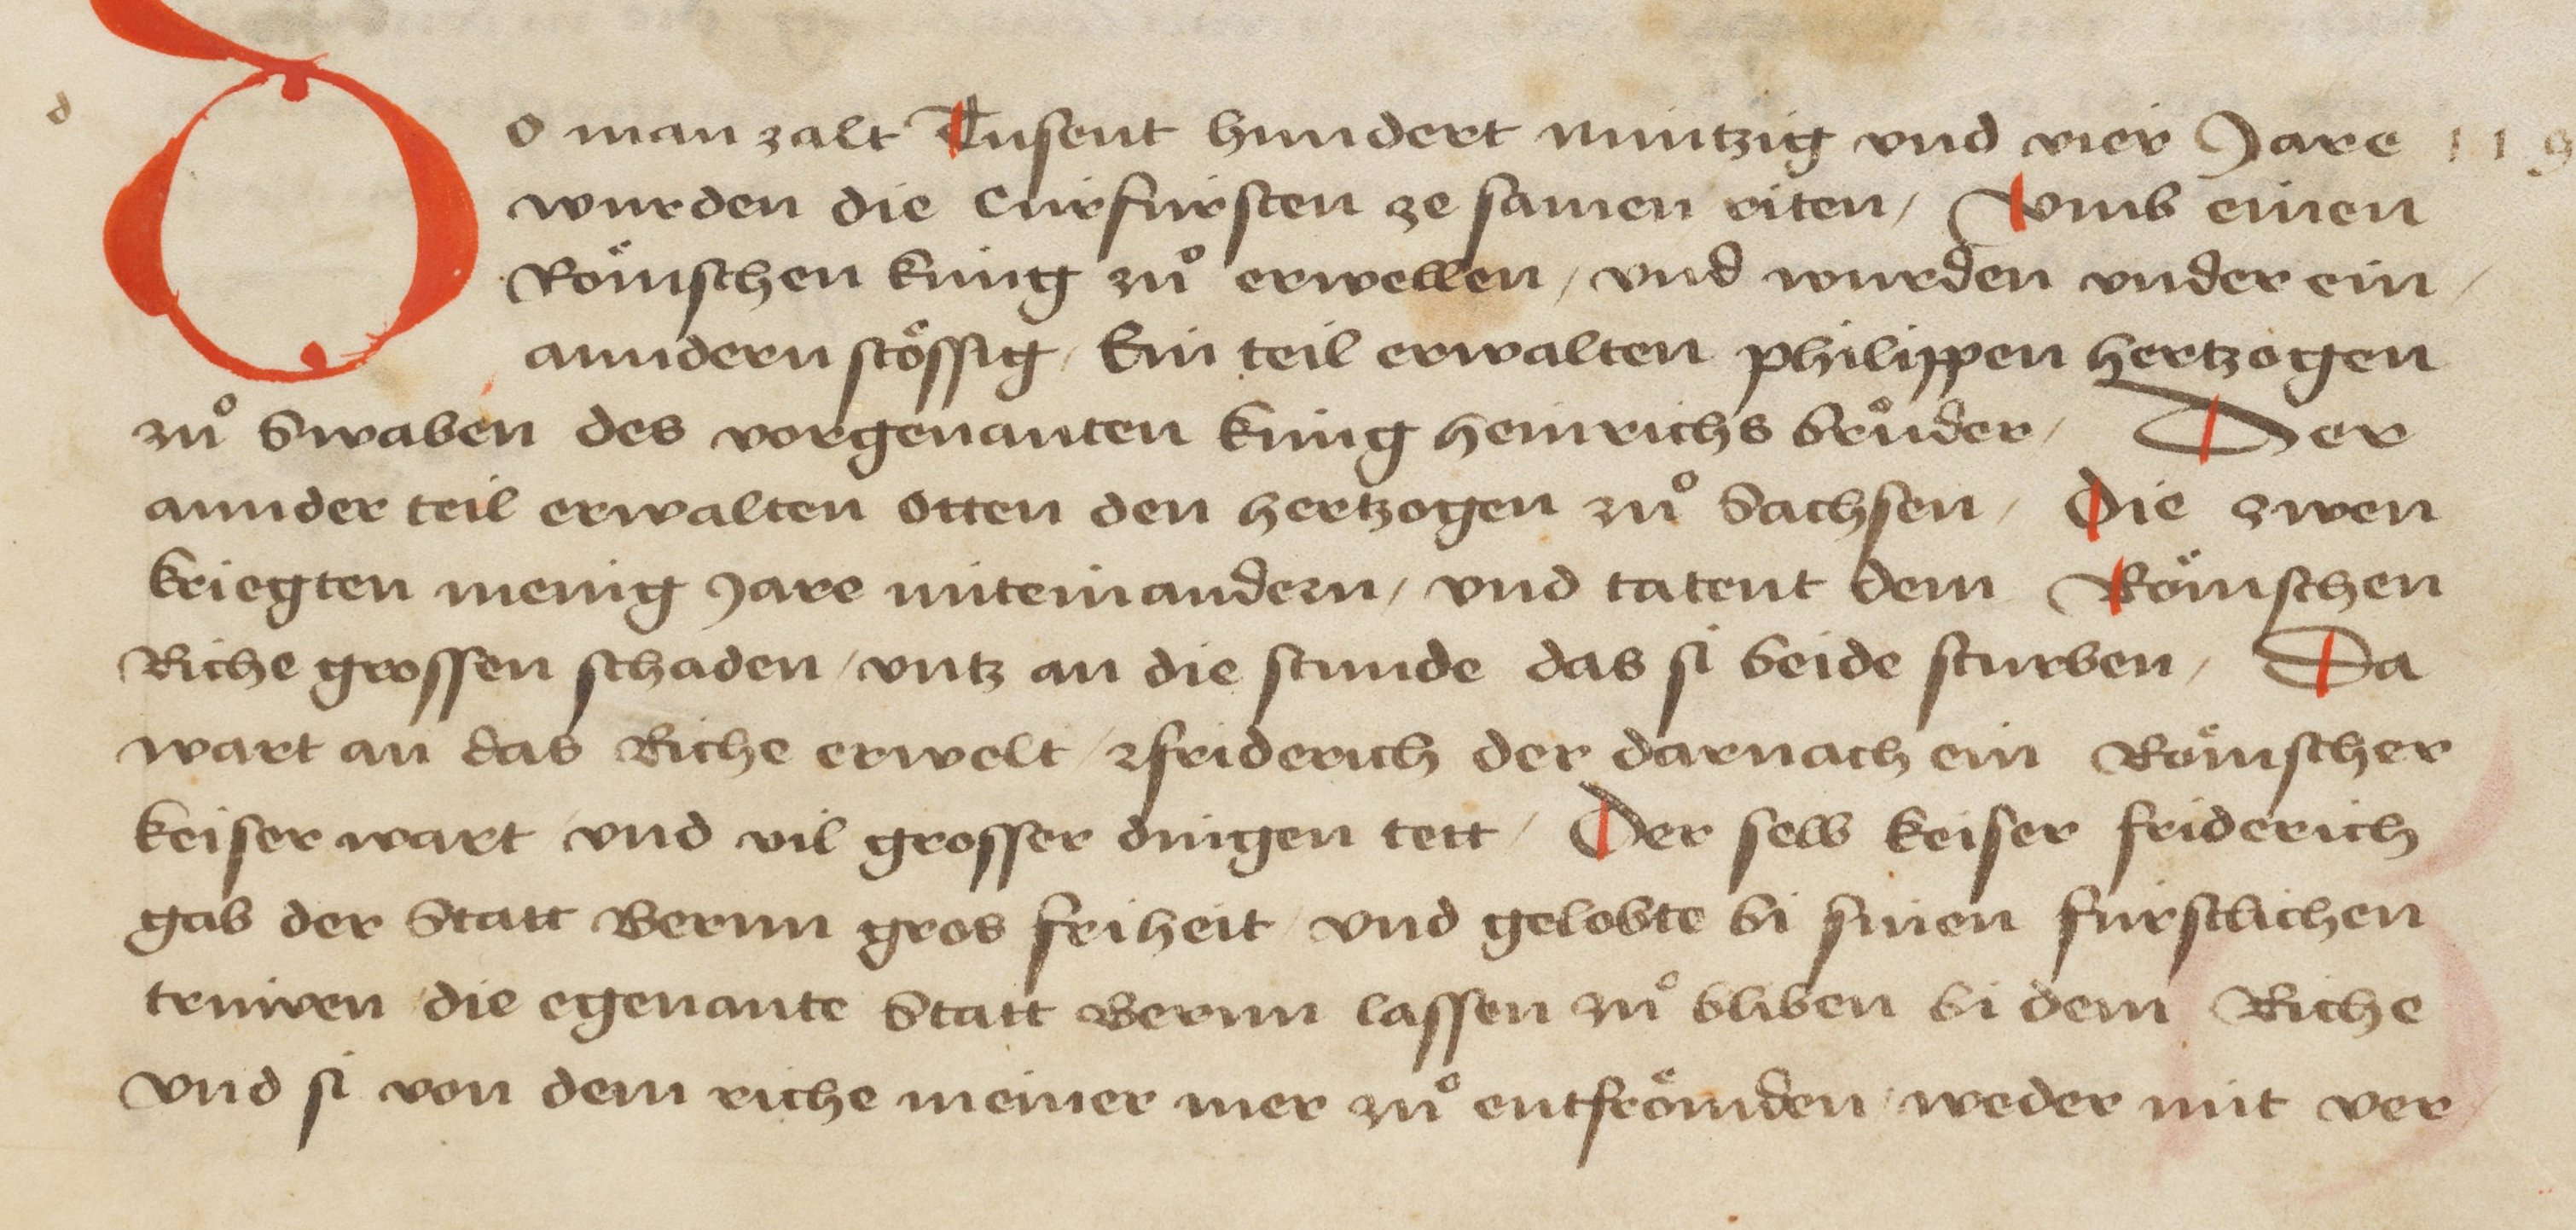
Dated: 1478–1483